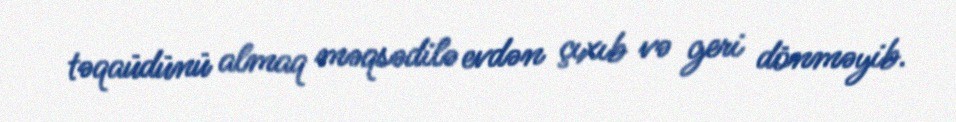
təqaüdünü almaq məqsədilə evdən çıxıb və geri dönməyib.